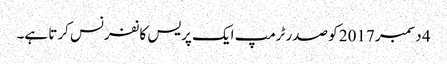
4 دسمبر 2017 کو صدر ٹرمپ ایک پریس کانفرنس کرتا ہے۔